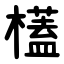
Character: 㯼